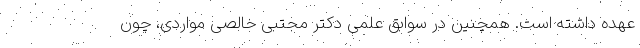
عهده داشته است. همچنین در سوابق علمی دکتر مجتبی خالصی مواردی، چون